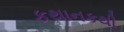
કથાનકથી